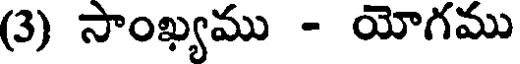
(3) సాంఖ్యము - యోగము